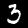
Digit: 3